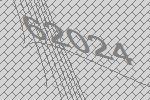
62024